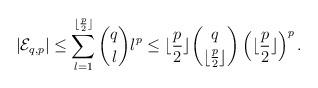
LaTeX: \begin{align*}|\mathcal{E}_{q, p}|\leq \sum_{l=1}^{\lfloor\frac{p}{2}\rfloor} \binom{q}{l}l^{p}\leq \lfloor\frac{p}{2}\rfloor \binom{q}{\lfloor\frac{p}{2}\rfloor} \left(\lfloor\frac{p}{2}\rfloor \right)^{p}.\end{align*}